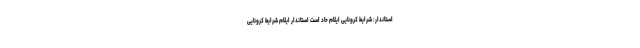
استاندار: شرایط کرونایی ایلام حاد است استاندار ایلام شرایط کرونایی